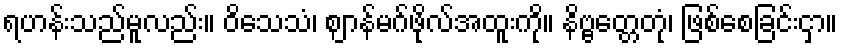
ရဟန်းသည်မူလည်း။ ဝိသေသံ၊ ဈာန်မဂ်ဖိုလ်အထူးကို။ နိဗ္ဗတ္တေတုံ၊ ဖြစ်စေခြင်းငှာ။